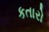
કતારો